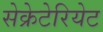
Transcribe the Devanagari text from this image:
सेक्रेटेरियेट